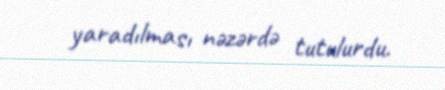
yaradılması nəzərdə tutulurdu.